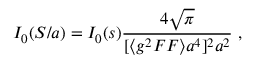
I _ { 0 } ( S / a ) = { \cal I } _ { 0 } ( s ) { \frac { 4 \sqrt { \pi } } { [ \langle g ^ { 2 } F F \rangle a ^ { 4 } ] ^ { 2 } a ^ { 2 } } } ~ ,